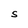
Character: S